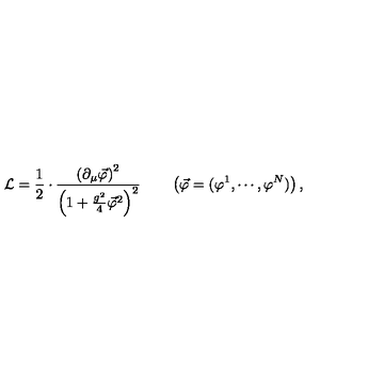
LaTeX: { \cal L } = \frac { 1 } { 2 } \cdot \frac { \left( \partial _ { \mu } \vec { \varphi } \right) ^ { 2 } } { \left( 1 + \frac { g ^ { 2 } } { 4 } \vec { \varphi } ^ { 2 } \right) ^ { 2 } } \qquad \left( \vec { \varphi } = ( \varphi ^ { 1 } , \cdots , \varphi ^ { N } ) \right) ,